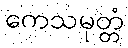
ကေသမုတ္တံ